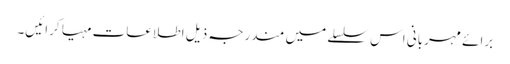
برائے مہربانی اس سلسلے میں مندرجہ ذیل اطلاعات مہیا کرائیں۔